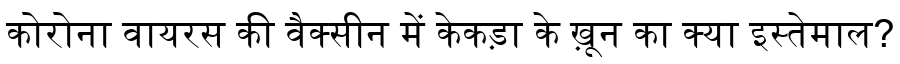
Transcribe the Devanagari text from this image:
कोरोना वायरस की वैक्सीन में केकड़ा के ख़ून का क्या इस्तेमाल?